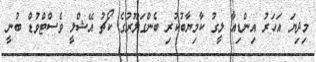
މިދިޔަ އަހަރު އިންޑިއާ ލީގު ކާމިޔާބުކުރި ބެންގަލޫރުގެ ކޯޗު އޭޝްލީ ވެސްޓްވުޑް ބުނީ